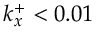
k _ { x } ^ { + } < 0 . 0 1